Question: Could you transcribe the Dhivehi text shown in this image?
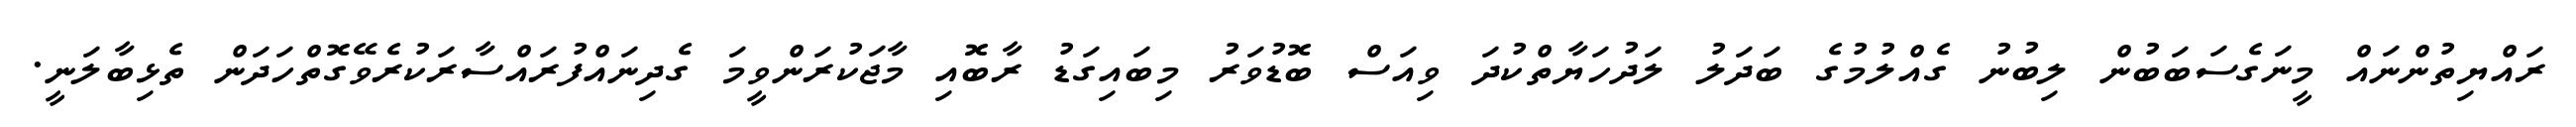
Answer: ރައްޔިތުންނައް މީނަގެސަބަބުން ލިބުނު ގެއްލުމުގެ ބަދަލު ލަދުހަޔާތްކުދަ ވިއަސް ބޮޑުވަރު މިބައިގަޑު ރާބޮއި މާޖަކުރަންވީމަ ގެދިނައްފުރައްސާރަކުރެވޭގޮތްހަދަން ތެޅިބާލަނީ.